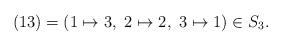
LaTeX: \begin{align*} (13)=(1\mapsto 3, ~2\mapsto 2, ~3\mapsto 1)\in S_{3}.\end{align*}